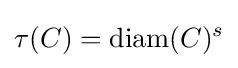
\tau (C)=\operatorname {diam} (C)^{s}